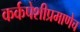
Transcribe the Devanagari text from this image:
कर्कपेशीप्रमाणेच